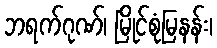
ဘရက်ဂုဏ်၊ မြိုင်စုံမြနန်း၊